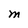
Character: M